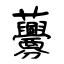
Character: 虋